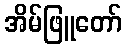
အိမ်ဖြူတော်